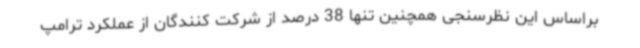
براساس این نظرسنجی همچنین تنها 38 درصد از شرکت کنندگان از عملکرد ترامپ